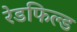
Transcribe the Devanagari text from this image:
रेडफिल्ड